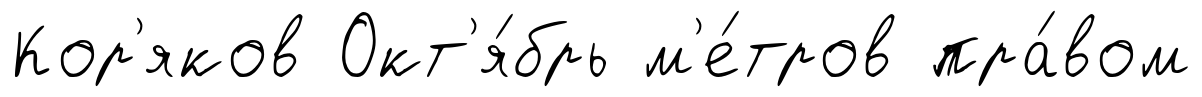
Кор'яков Окт'я́брь м'е́тров пра́вом